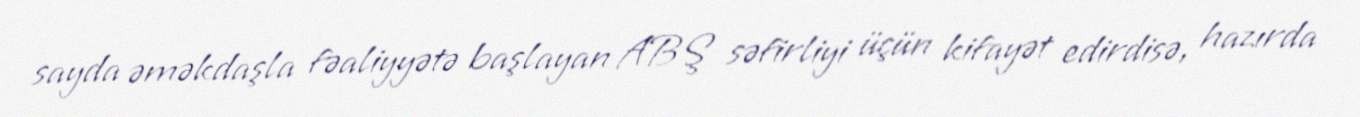
sayda əməkdaşla fəaliyyətə başlayan ABŞ səfirliyi üçün kifayət edirdisə, hazırda